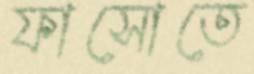
ফাসোতে